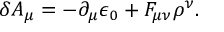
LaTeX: \delta A _ { \mu } = - { \partial _ { \mu } \epsilon _ { 0 } } + F _ { \mu \nu } \rho ^ { \nu } .